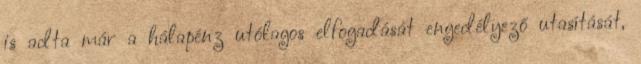
is adta már a hálapénz utólagos elfogadását engedélyező utasítását,